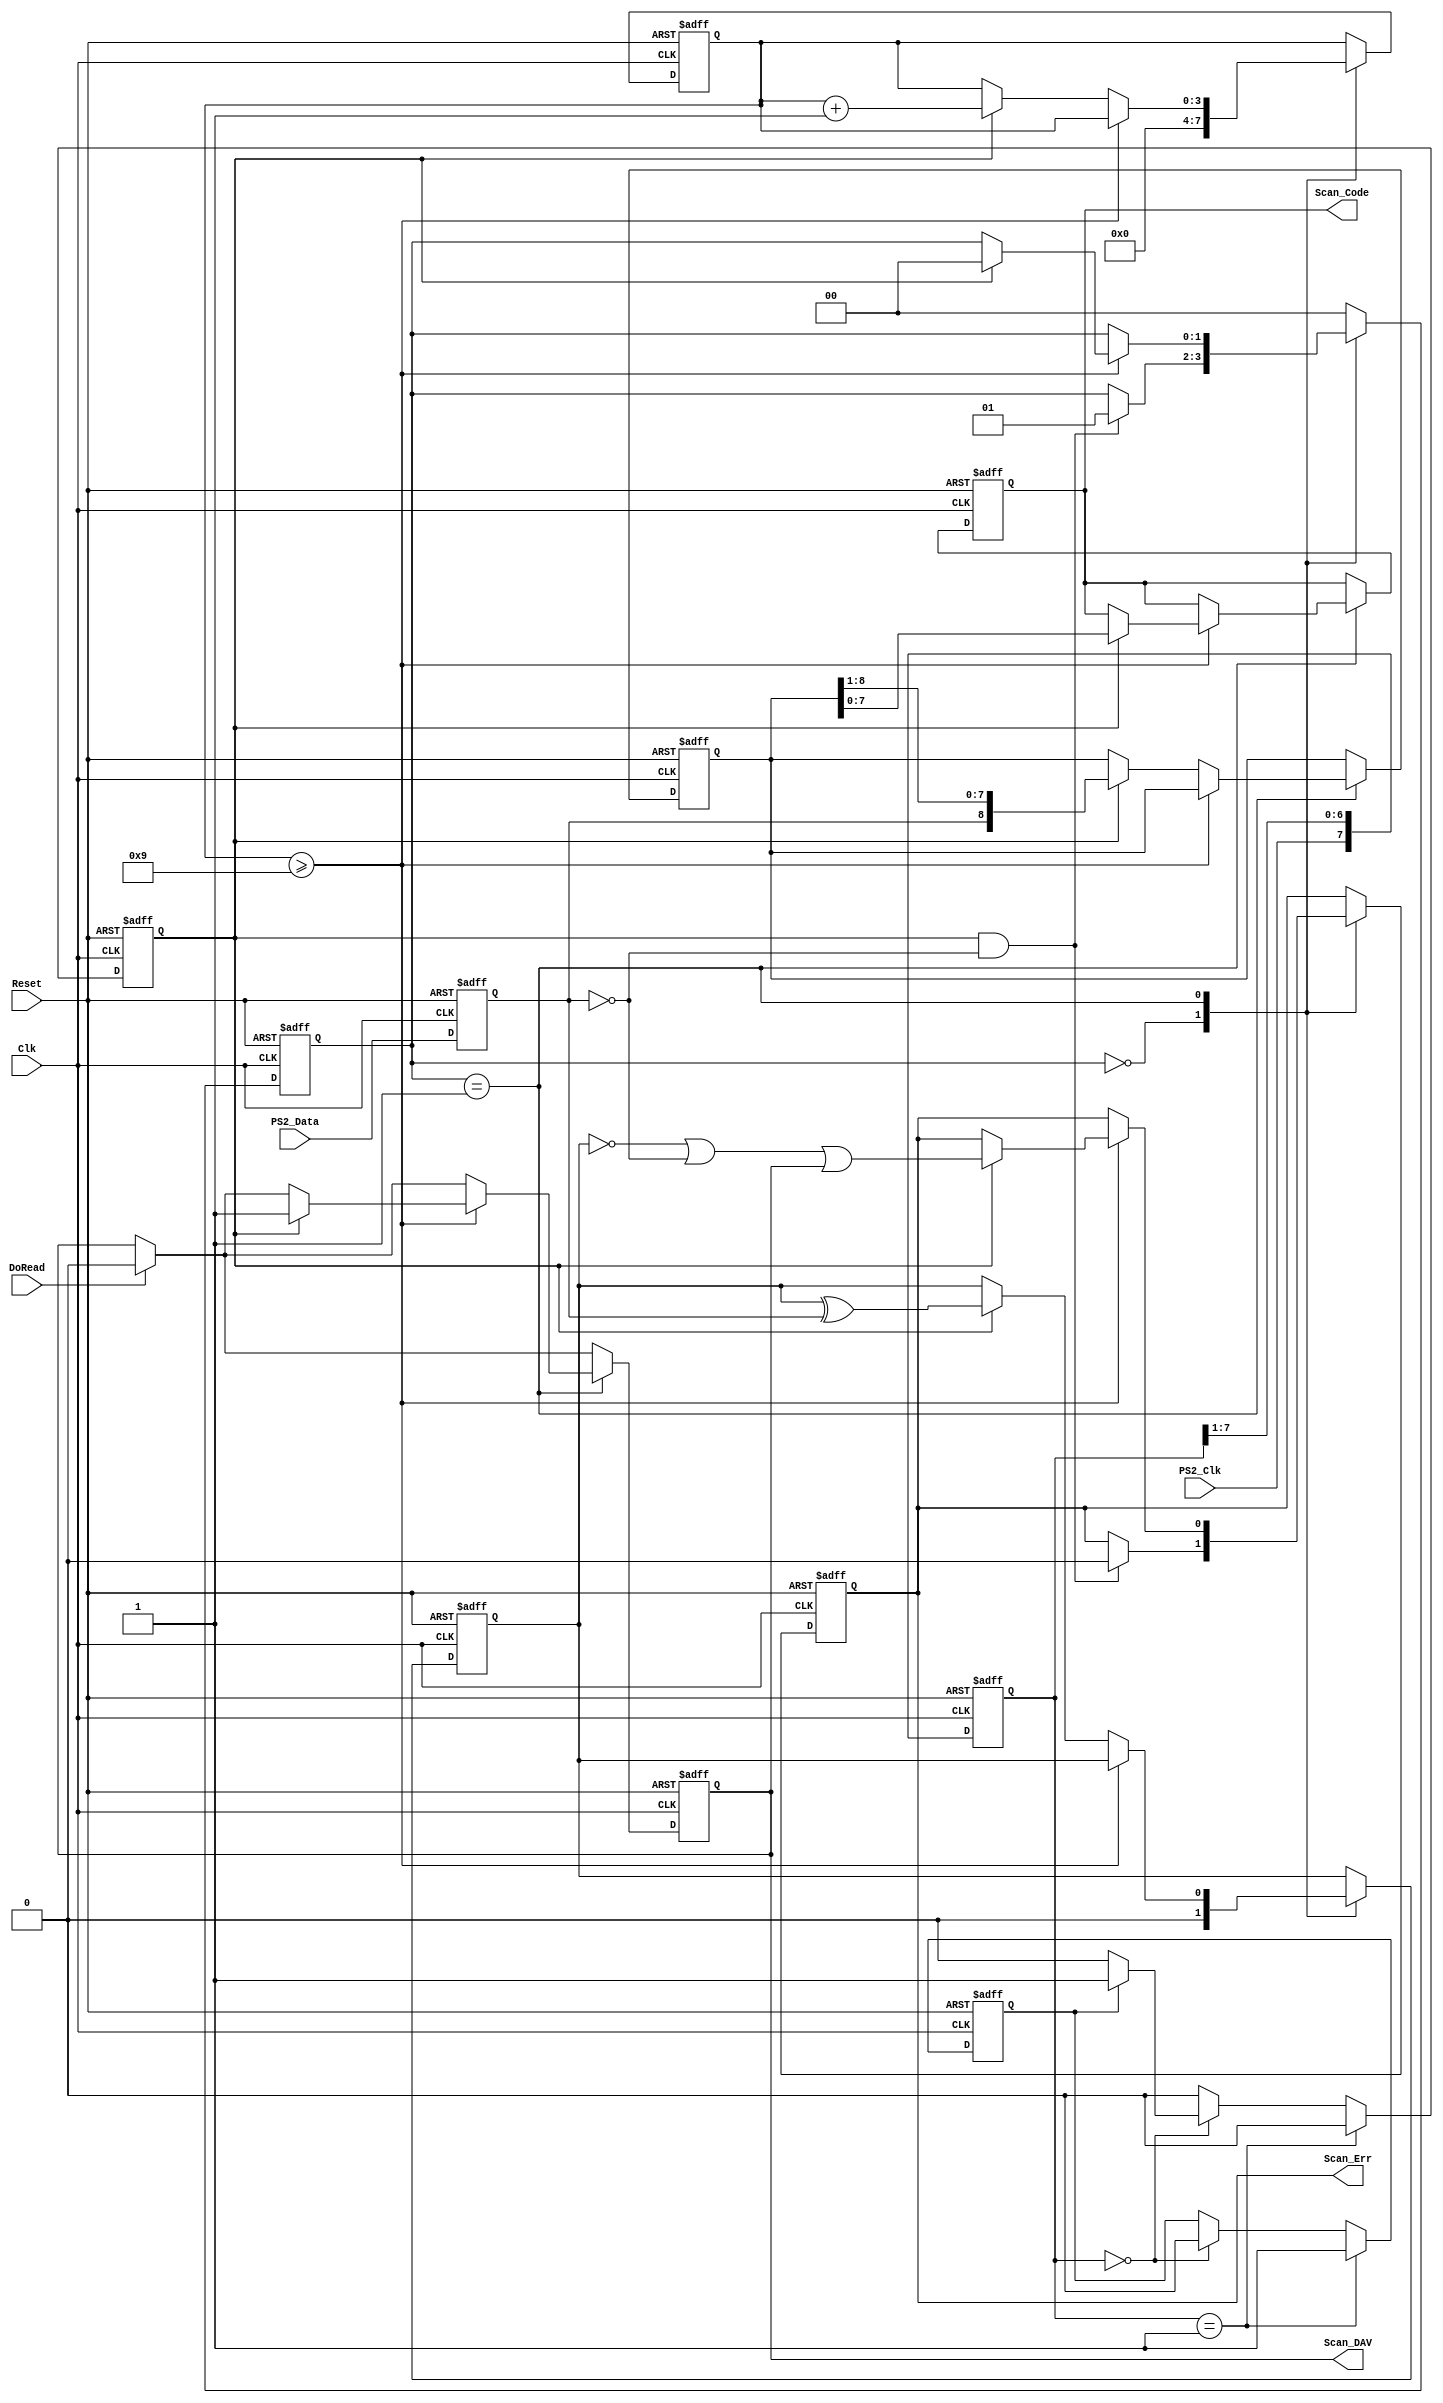
// File translated with vhd2vl v 1.0
// VHDL to Verilog RTL translator
// Copyright (C) 2001 Vincenzo Liguori - Ocean Logic Pty Ltd - http://www.ocean-logic.com
// vhd2vl comes with ABSOLUTELY NO WARRANTY
// This is free software, and you are welcome to redistribute it
// under certain conditions.
// See the license file license.txt included with the source for details.

// PS2_Ctrl.vhd
// ------------------------------------------------
//   Simplified PS/2 Controller  (kbd, mouse...)
// ------------------------------------------------
// Only the Receive function is implemented !
// (c) ALSE. http://www.alse-fr.com

module PS2_Ctrl(
                Clk,
                Reset,
                PS2_Clk,
                PS2_Data,
                DoRead,
                Scan_Err,
                Scan_DAV,
                Scan_Code
                );

input Clk;
// System Clock
input Reset;
// System Reset
input PS2_Clk;
// Keyboard Clock Line
input PS2_Data;
// Keyboard Data Line
input DoRead;
// From outside when reading the scan code
output Scan_Err;
// To outside : Parity or Overflow error
output Scan_DAV;
// To outside when a scan code has arrived
output[7:0] Scan_Code;
// Eight bits Data Out

wire   Clk;
wire   Reset;
wire   PS2_Clk;
wire   PS2_Data;
wire   DoRead;
reg   Scan_Err;
wire   Scan_DAV;
reg  [7:0] Scan_Code;


reg  PS2_Datr;
//  subtype Filter_t is std_logic_vector(7 downto 0);
reg [7:0] Filter;
reg  Fall_Clk;
reg [3:0] Bit_Cnt;
reg  Parity;
reg  Scan_DAVi;
reg [8:0] S_Reg;
reg  PS2_Clk_f;
parameter [0:0]
  Idle = 0,
  Shifting = 1;
reg [1:0] State;

  wire kbd_state = State[0]; //avf
  //assign filter = Fall_Clk;


  assign Scan_DAV = Scan_DAVi;
  // This filters digitally the raw clock signal coming from the keyboard :
  //  * Eight consecutive PS2_Clk=1 makes the filtered_clock go high
  //  * Eight consecutive PS2_Clk=0 makes the filtered_clock go low
  // Implies a (FilterSize+1) x Tsys_clock delay on Fall_Clk wrt Data
  // Also in charge of the re-synchronization of PS2_Data
  always @(posedge Clk or posedge Reset) begin
    if(Reset == 1'b 1) begin
      PS2_Datr <= 1'b 0;
      PS2_Clk_f <= 1'b 0;
      Filter <= {8{1'b0}};
      Fall_Clk <= 1'b 0;
    end else begin
      PS2_Datr <= PS2_Data & PS2_Data;
      // also turns 'H' into '1'
      Fall_Clk <= 1'b 0;
      Filter <= {PS2_Clk ,Filter[7:1] };
      if(Filter == {1{1'b1}}) begin
        PS2_Clk_f <= 1'b 1;
      end
      else if(Filter == {1{1'b0}}) begin
        PS2_Clk_f <= 1'b 0;
        if(PS2_Clk_f == 1'b 1) begin
          Fall_Clk <= 1'b 1;
        end
      end
    end
  end

  // This simple State Machine reads in the Serial Data
  // coming from the PS/2 peripheral.
  always @(posedge Clk or posedge Reset) begin
    if(Reset == 1'b 1) begin
      State <= Idle;
      Bit_Cnt <= {4{1'b0}};
      S_Reg <= {9{1'b0}};
      Scan_Code <= {8{1'b0}};
      Parity <= 1'b 0;
      Scan_DAVi <= 1'b 0;
      Scan_Err <= 1'b 0;
    end else begin
      if(DoRead == 1'b 1) begin
        Scan_DAVi <= 1'b 0;
        // note: this assgnmnt can be overriden
      end
      case(State)
      Idle : begin
        Parity <= 1'b 0;
        Bit_Cnt <= {4{1'b0}};
        // note that we dont need to clear the Shift Register
        if(Fall_Clk == 1'b 1 && PS2_Datr == 1'b 0) begin
          // Start bit
          Scan_Err <= 1'b 0;
          State <= Shifting;
        end
      end
      Shifting : begin
        if(Bit_Cnt >= 4'b 1001) begin
          if(Fall_Clk == 1'b 1) begin
            // Stop Bit
            // Error is (wrong Parity) or (Stop='0') or Overflow
            Scan_Err <=  ~Parity |  ~PS2_Datr | Scan_DAVi;
            Scan_DAVi <= 1'b 1;
            Scan_Code <= S_Reg[7:0] ;
            State <= Idle;
          end
        end
        else if(Fall_Clk == 1'b 1) begin
          Bit_Cnt <= Bit_Cnt + 1'b 1;
          S_Reg <= {PS2_Datr,S_Reg[8:1] };
          // Shift right
          Parity <= Parity ^ PS2_Datr;
        end
      end
      default : begin
        // never reached
        State <= Idle;
      end
      endcase
      //Scan_Err <= '0'; -- to create an on-purpose error on Scan_Err !
    end
  end


endmodule